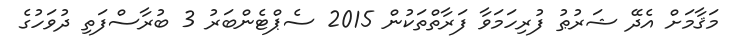
މަޤާމަށް އެދޭ ޝަރުޠު ފުރިހަމަވާ ފަރާތްތަކުން 2015 ސެޕްޓެންބަރު 3 ބުރާސްފަތި ދުވަހުގެ